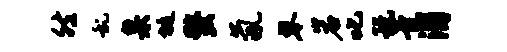
然乱臬埏蝥氤琴岩叱玩音渭